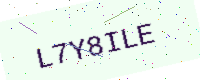
Text: L7Y8ILE